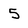
Character: 5